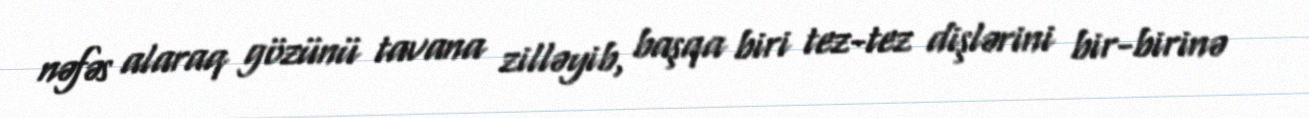
nəfəs alaraq gözünü tavana zilləyib, başqa biri tez-tez dişlərini bir-birinə